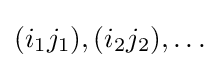
(i_{1}j_{1}),(i_{2}j_{2}),\dots